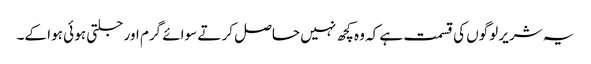
یہ شریر لوگوں کی قسمت ہے کہ وہ کچھ نہیں حاصل کر تے سوائے گرم اور جلتی ہو ئی ہوا کے۔